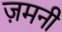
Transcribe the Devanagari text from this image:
ज़मनी